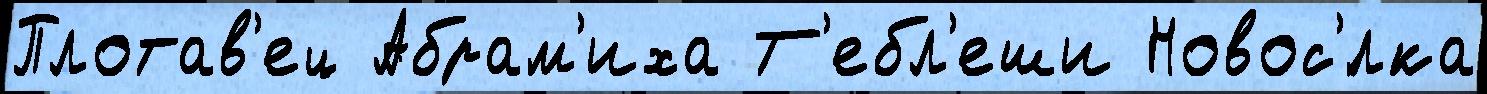
Плотав'ец Абрам'иха Т'ебл'еши Новос'́лка